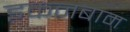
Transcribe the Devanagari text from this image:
इकनबाम